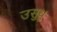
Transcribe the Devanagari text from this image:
उसुथु